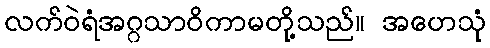
လက်ဝဲရံအဂ္ဂသာဝိကာမတို့သည်။ အဟေသုံ